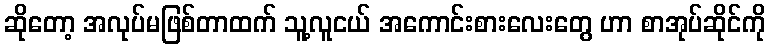
ဆိုတော့ အလုပ်မဖြစ်တာထက် သူ့လူငယ် အကောင်းစားလေးတွေ ဟာ စာအုပ်ဆိုင်ကို